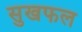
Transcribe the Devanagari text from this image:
सुखफल